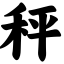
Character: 秤